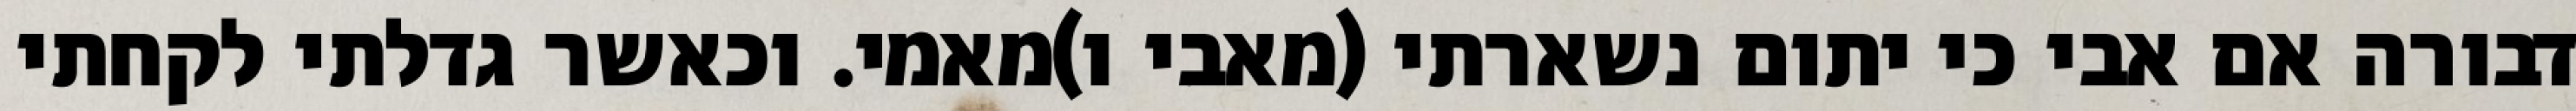
דבורה אם אבי כי יתום נשארתי (מאבי ו)מאמי. וכאשר גדלתי לקחתי